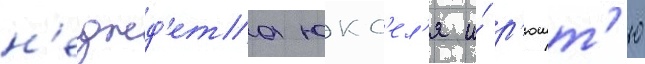
н'еджд'ета юкс'ел'я и́ р'юшт'ю